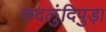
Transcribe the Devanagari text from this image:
कदलुंदिपुड़ा